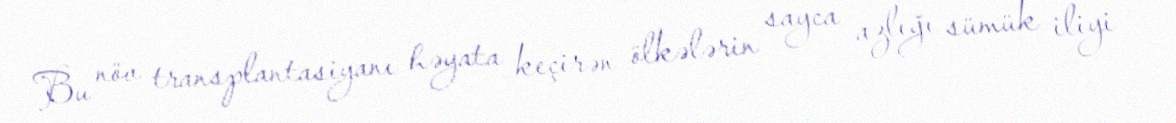
Bu növ transplantasiyanı həyata keçirən ölkələrin sayca azlığı sümük iliyi